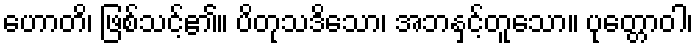
ဟောတိ၊ ဖြစ်သင့်၏။ ပိတုသဒိသော၊ အဘနှင့်တူသော။ ပုတ္တောဝါ၊